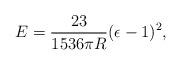
\begin{align*}E={23\over1536\pi R}(\epsilon-1)^2,\end{align*}